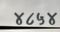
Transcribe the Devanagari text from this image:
४८५४